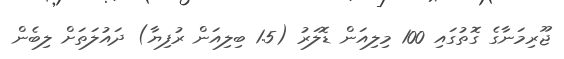
ޖޫރިމަނާގެ ގޮތުގައި 100 މިލިއަން ޑޮލަރު (1.5 ބިލިއަން ރުފިޔާ) ދައުލަތަށް ލިބެން